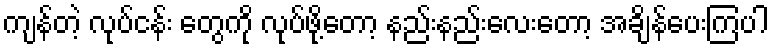
ကျန်တဲ့ လုပ်ငန်း တွေကို လုပ်ဖို့တော့ နည်းနည်းလေးတော့ အချိန်ပေးကြပါ